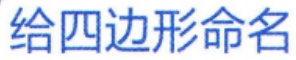
给四边形命名